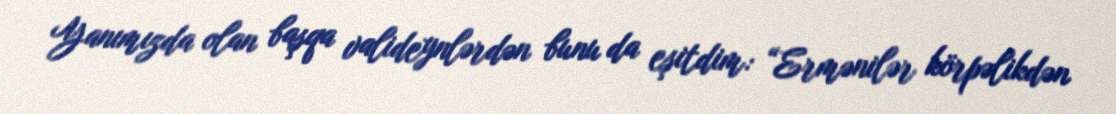
Yanımızda olan başqa valideynlərdən bunu da eşitdim: “Ermənilər körpəlikdən